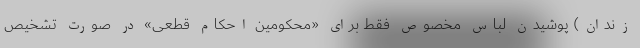
زندان) پوشیدن لباس مخصوص فقط برای «محکومین احکام قطعی» در صورت تشخیص